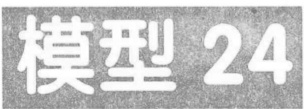
模型 24